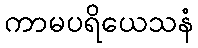
ကာမပရိယေသနံ